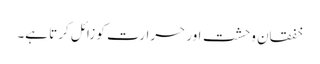
خفقان وحشت اور حرارت کو زائل کرتا ہے۔